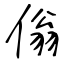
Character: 傟